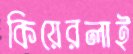
কিয়েরলাই